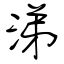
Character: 涕